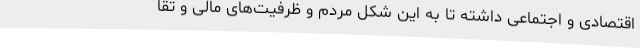
اقتصادی و اجتماعی داشته تا به این شکل مردم و ظرفیت‌های مالی و تقا